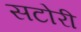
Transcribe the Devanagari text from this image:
सटोरी